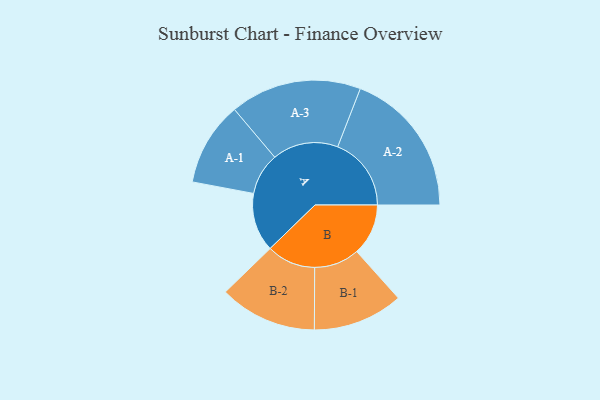
{"axis": {"x": "Segment", "y": "Value"}, "legend": ["", "A", "B"], "data": [{"x": "A", "y": 239, "type": ""}, {"x": "B", "y": 210, "type": ""}, {"x": "A-1", "y": 171, "type": "A"}, {"x": "A-2", "y": 300, "type": "A"}, {"x": "A-3", "y": 268, "type": "A"}, {"x": "B-1", "y": 184, "type": "B"}, {"x": "B-2", "y": 199, "type": "B"}]}